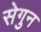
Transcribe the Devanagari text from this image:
सेगुन